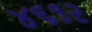
૪૬૧૨